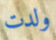
ولدت